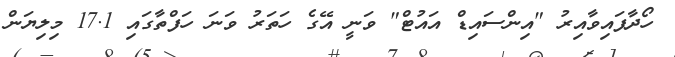
ހޯދާފައިވާއިރު "އިންސައިޑް އައުޓް" ވަނީ އޭގެ ހަތަރު ވަނަ ހަފްތާގައި 17.1 މިލިޔަން